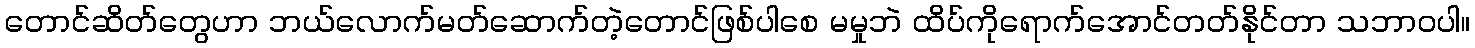
တောင်ဆိတ်တွေဟာ ဘယ်လောက်မတ်ဆောက်တဲ့တောင်ဖြစ်ပါစေ မမှုဘဲ ထိပ်ကိုရောက်အောင်တတ်နိုင်တာ သဘာဝပါ။